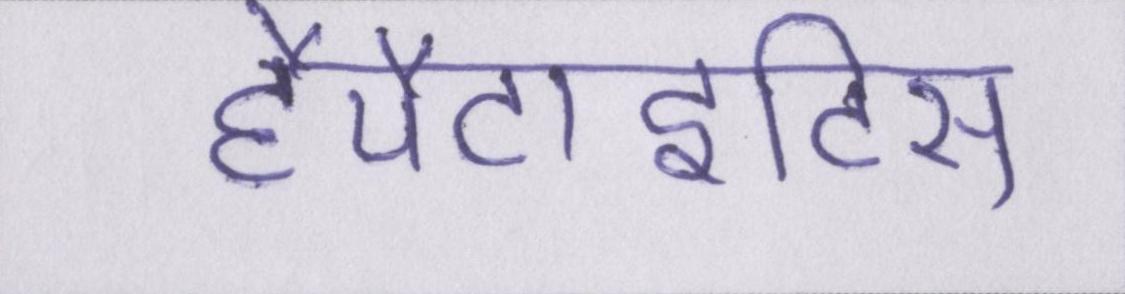
हैपैटाइटिस